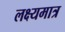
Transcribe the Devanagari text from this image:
लक्ष्यमात्र